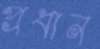
প্রধান